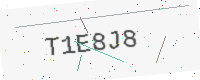
Text: T1E8J8